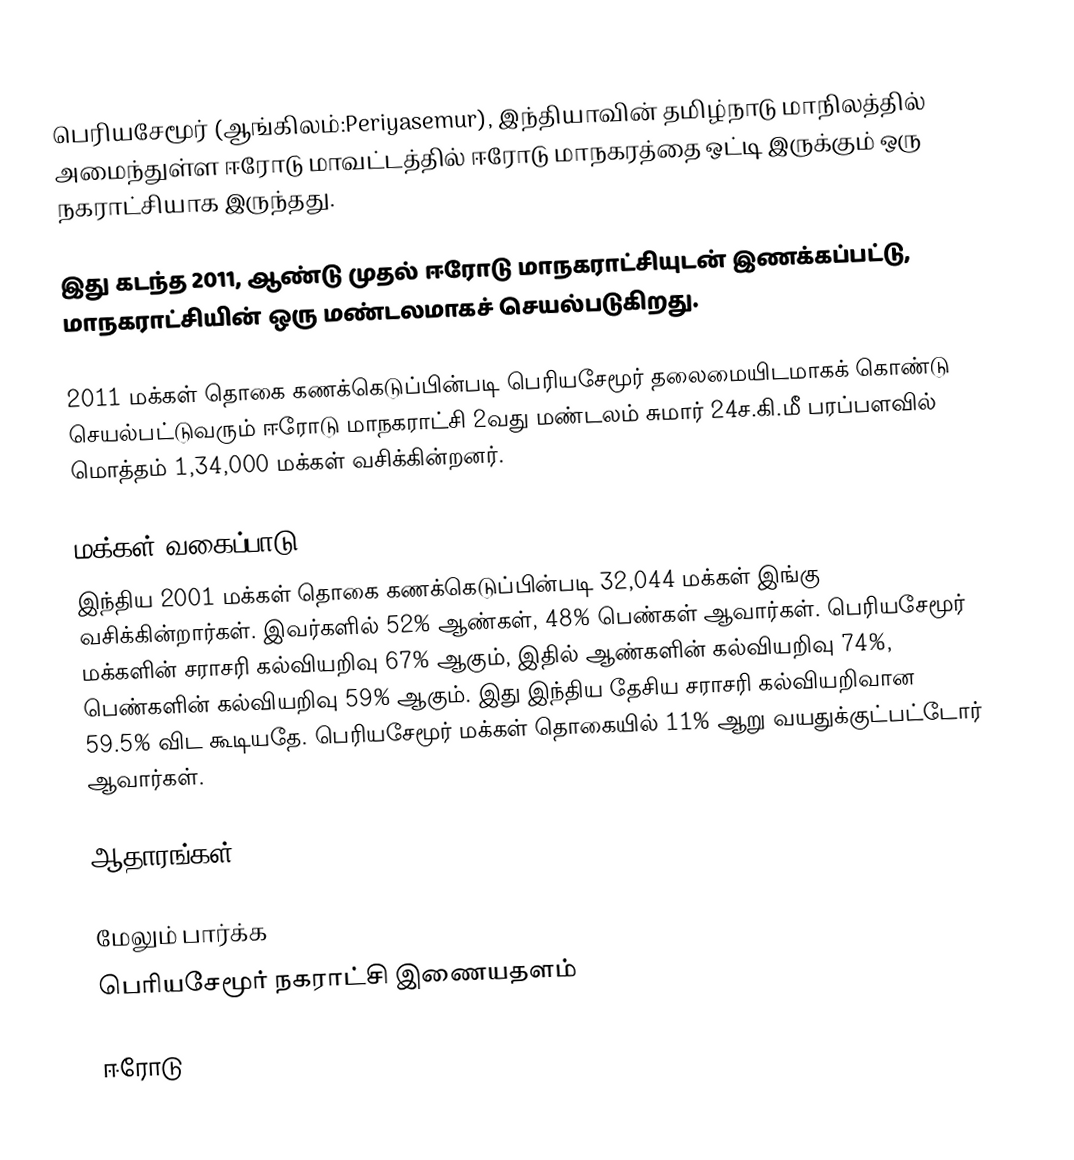
பெரியசேமூர் (ஆங்கிலம்:Periyasemur), இந்தியாவின் தமிழ்நாடு மாநிலத்தில் அமைந்துள்ள ஈரோடு மாவட்டத்தில் ஈரோடு மாநகரத்தை ஒட்டி இருக்கும் ஒரு நகராட்சியாக இருந்தது.

இது கடந்த 2011, ஆண்டு முதல் ஈரோடு மாநகராட்சியுடன் இணக்கப்பட்டு, மாநகராட்சியின் ஒரு மண்டலமாகச் செயல்படுகிறது.

2011 மக்கள் தொகை கணக்கெடுப்பின்படி பெரியசேமூர் தலைமையிடமாகக் கொண்டு செயல்பட்டுவரும் ஈரோடு மாநகராட்சி 2வது மண்டலம் சுமார் 24ச.கி.மீ பரப்பளவில் மொத்தம் 1,34,000 மக்கள் வசிக்கின்றனர்.

மக்கள் வகைப்பாடு
இந்திய 2001 மக்கள் தொகை கணக்கெடுப்பின்படி 32,044 மக்கள் இங்கு வசிக்கின்றார்கள். இவர்களில் 52% ஆண்கள், 48% பெண்கள் ஆவார்கள். பெரியசேமூர் மக்களின் சராசரி கல்வியறிவு 67% ஆகும்,  இதில் ஆண்களின் கல்வியறிவு 74%,  பெண்களின் கல்வியறிவு 59% ஆகும். இது இந்திய தேசிய சராசரி கல்வியறிவான 59.5% விட கூடியதே. பெரியசேமூர் மக்கள் தொகையில் 11%  ஆறு வயதுக்குட்பட்டோர் ஆவார்கள்.

ஆதாரங்கள்

மேலும் பார்க்க
 பெரியசேமூர் நகராட்சி இணையதளம்

ஈரோடு